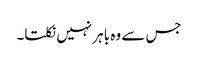
جس سے وہ باہر نہیں نکلتا۔